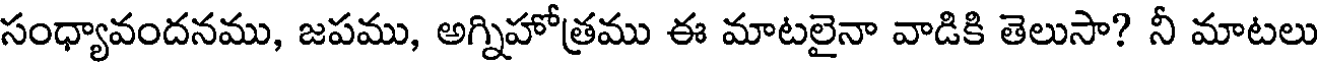
సంధ్యావందనము, జపము, అగ్నిహోత్రము ఈ మాటలైనా వాడికి తెలుసా? నీ మాటలు